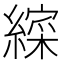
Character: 𮉁